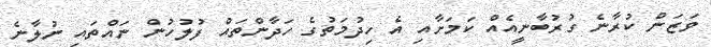
ވަޒަން ކުރާނެ ގުރުބާނީއެއް ކަމަށާއި އެ ހިދުމަތުގެ ހަދާންތައް ފުލުހުން ނައްތައި ނުލާނެ